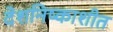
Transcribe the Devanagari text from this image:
देशनिष्काशीत